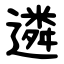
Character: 遴